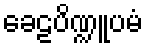
ခေဠပိဏ္ဍူပမံ